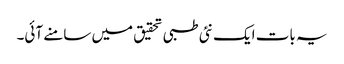
یہ بات ایک نئی طبی تحقیق میں سامنے آئی۔